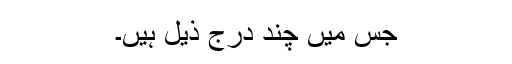
جس میں چند درج ذیل ہیں۔